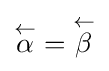
{\overset {\scriptstyle {\leftarrow }}{\alpha }}={\overset {\scriptstyle {\leftarrow }}{\beta }}